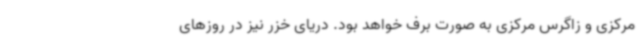
مرکزی و زاگرس مرکزی به صورت برف خواهد بود. دریای خزر نیز در روزهای